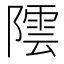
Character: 𮥡